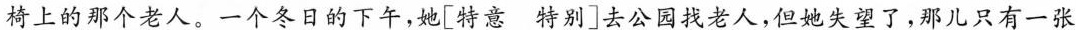
椅上的那个老人。一个冬日的下午，她[特意特别]去公园找老人，但她失望了，那儿只有一张